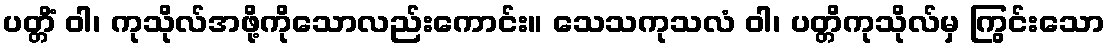
ပတ္တိံ ဝါ၊ ကုသိုလ်အဖို့ကိုသောလည်းကောင်း။ သေသကုသလံ ဝါ၊ ပတ္တိကုသိုလ်မှ ကြွင်းသော